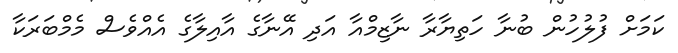
ކަމަށް ފުލުހުން ބުނާ ހަތިޔާރާ ނާޒިމްއާ އަދި އޭނާގެ އާއިލާގެ އެއްވެސް މެމްބަރަކާ